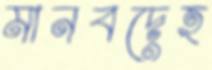
মানবদেহ